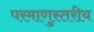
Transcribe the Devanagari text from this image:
परमाणुस्तरीय